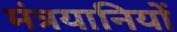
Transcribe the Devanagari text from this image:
मंत्रयानियों